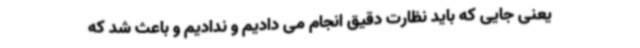
یعنی جایی که باید نظارت دقیق انجام می دادیم و ندادیم و باعث شد که